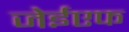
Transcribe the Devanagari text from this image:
जेईएफ